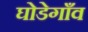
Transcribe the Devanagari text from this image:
घोडेगाँव